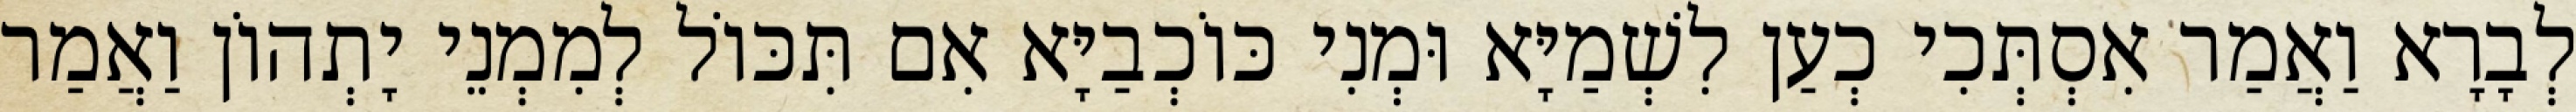
לְבָרָא וַאֲמַר אִסְתְּכִי כְעַן לִשְׁמַיָּא וּמְנִי כּוֹכְבַיָּא אִם תִּכּוֹל לְמִמְנֵי יָתְהוֹן וַאֲמַר